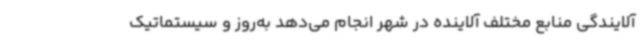
آلایندگی منابع مختلف آلاینده در شهر انجام می‌دهد به‌روز و سیستماتیک